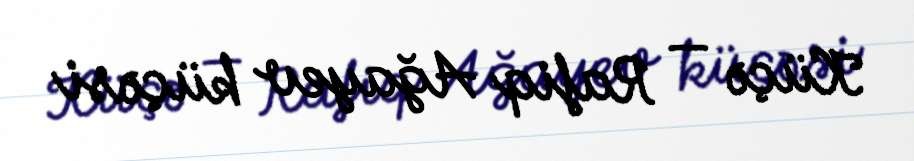
Küçə — Rafiq Ağayev küçəsi